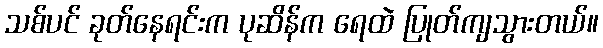
သစ်ပင် ခုတ်နေရင်းက ပုဆိန်က ရေထဲ ပြုတ်ကျသွားတယ်။